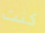
كنت